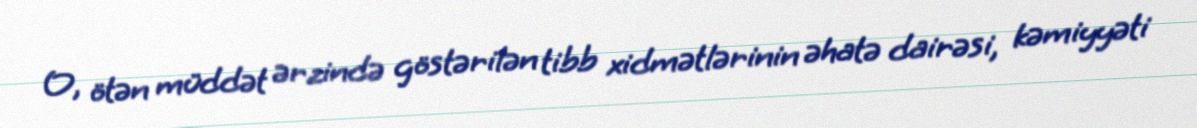
O, ötən müddət ərzində göstərilən tibb xidmətlərinin əhatə dairəsi, kəmiyyəti